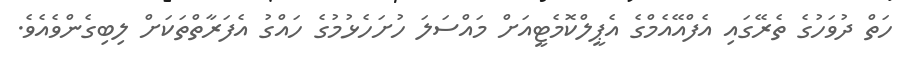
ހަތް ދުވަހުގެ ތެރޭގައި އެފްއޭއެމްގެ އެޕީލްކޮމެޓީއަށް މައްސަލަ ހުށަހެޅުމުގެ ހައްގު އެފަރާތްތަކަށް ލިބިގެންވެއެވެ.